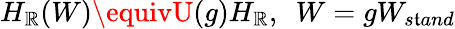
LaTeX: H_{\mathbb{R}}(W)\equivU(g)H_{\mathbb{R}},\, \, \, W=gW_{s\mathfrak{t}and}